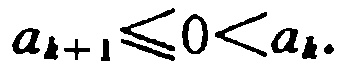
\(a_{k + 1} \leq 0 < a_{k}\)